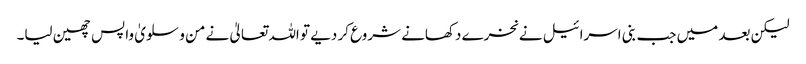
لیکن بعد میں جب بنی اسرائیل نے نخرے دکھانے شروع کر دیے تو اللہ تعالیٰ نے من و سلویٰ واپس چھین لیا۔